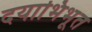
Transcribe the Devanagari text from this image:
दयाभिभूत